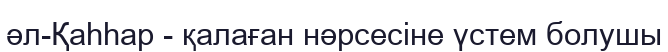
әл-Қаһһар - қалаған нәрсесіне үстем болушы